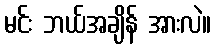
မင်း ဘယ်အချိန် အားလဲ။